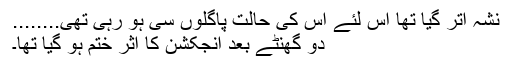
نشہ اُتر گیا تھا اِس لئے اُس کی حالت پاگلوں سی ہو رہی تھی........
دو گھنٹے بعد انجکشن کا اثر ختم ہو گیا تھا۔